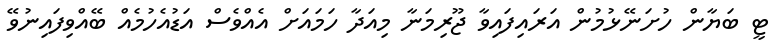
ޓީ ބަޔާން ހުށަނޭޅުމުން އަރައިފައިވާ ޖޫރިމަނާ މިއަދާ ހަމައަށް އެއްވެސް އަޑުއެހުމެއް ބޭއްވިފައިނުވޭ